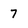
Character: 7